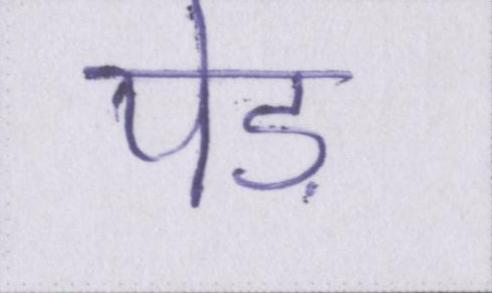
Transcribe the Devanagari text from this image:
पेड़